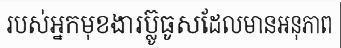
របស់អ្នកមុខងារប្ល៊ូធូសដែលមានអនុភាព